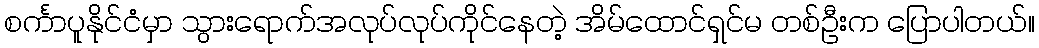
စင်္ကာပူနိုင်ငံမှာ သွားရောက်အလုပ်လုပ်ကိုင်နေတဲ့ အိမ်ထောင်ရှင်မ တစ်ဦးက ပြောပါတယ်။